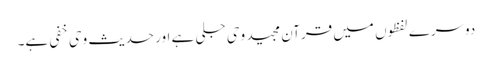
دوسرے لفظوں میں قرآن مجید وحی جلی ہے اور حدیث وحی خفی ہے۔